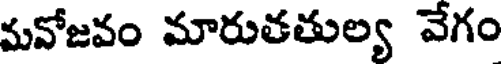
మనోజవం మారుతతుల్య వేగం